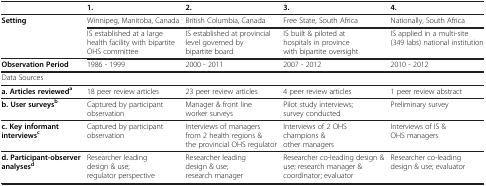
<table><thead><tr><td><b> </b></td><td><b>1.</b></td><td><b>2.</b></td><td><b>3.</b></td><td><b>4.</b></td></tr></thead><tbody><tr><td><b>Setting</b></td><td>Winnipeg, Manitoba, Canada</td><td>British Columbia, Canada</td><td>Free State, South Africa</td><td>Nationally, South Africa</td></tr><tr><td> </td><td>IS established at a large health facility with bipartite OHS committee</td><td>IS established at provincial level governed by bipartite board</td><td>IS built &amp; piloted at hospitals in province with bipartite oversight</td><td>IS applied in a multi-site (349 labs) national institution</td></tr><tr><td><b>Observation Period</b></td><td>1986 - 1999</td><td>2000 - 2011</td><td>2007 - 2012</td><td>2010 - 2012</td></tr><tr><td colspan="5">Data Sources</td></tr><tr><td><b>a. Articles reviewed</b><sup><b>a</b></sup></td><td>18 peer review articles</td><td>23 peer review articles</td><td>4 peer review articles</td><td>1 peer review abstract</td></tr><tr><td><b>b. User surveys</b><sup><b>b</b></sup></td><td>Captured by participant observation</td><td>Manager &amp; front line worker surveys</td><td>Pilot study interviews; survey conducted</td><td>Preliminary survey</td></tr><tr><td><b>c. Key informant interviews</b><sup><b>c</b></sup></td><td>Captured by participant observation</td><td>Interviews of managers from 2 health regions &amp; the provincial OHS regulator</td><td>Interviews of 2 OHS champions &amp; other managers</td><td>Interviews of IS &amp; OHS managers</td></tr><tr><td><b>d. Participant-observer analyses</b><sup><b>d</b></sup></td><td>Researcher leading design &amp; use; regulator perspective</td><td>Researcher leading design &amp; use; research manager</td><td>Researcher co-leading design &amp; use; research manager &amp; coordinator; evaluator</td><td>Researcher co-leading design &amp; use; evaluator</td></tr></tbody></table>